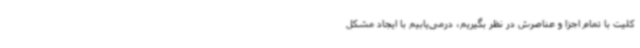
کلیت با تمام اجزا و عناصرش در نظر بگیریم، درمی‌یابیم با ایجاد مشکل